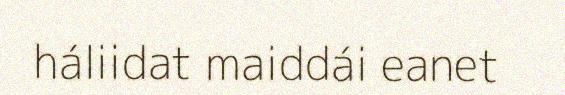
háliidat maiddái eanet